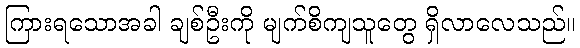
ကြားရသောအခါ ချစ်ဦးကို မျက်စိကျသူတွေ ရှိလာလေသည်။